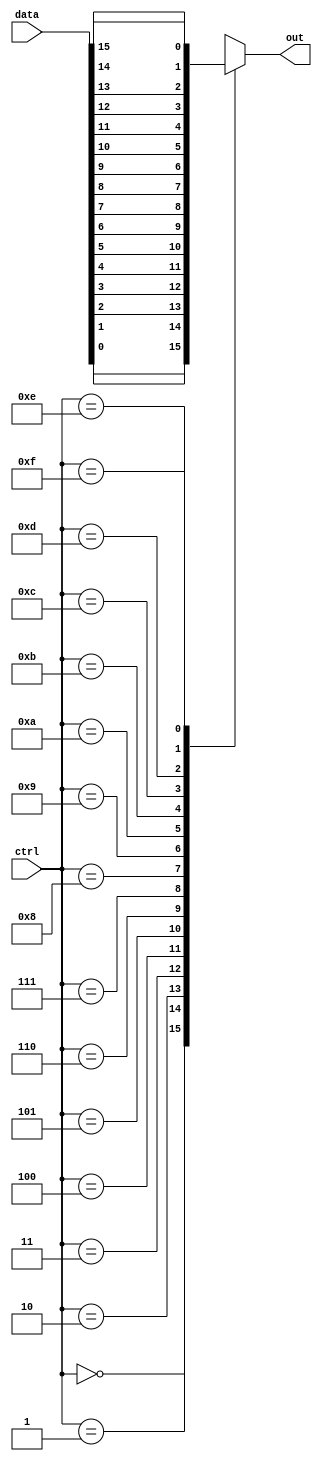
module mux_16to1 (
    input [15:0] data,
    input [3:0] ctrl,
    output reg out
);
  
always @(*)
begin
    case(ctrl)
        4'b0000: out = data[0];
        4'b0001: out = data[1];
        4'b0010: out = data[2];
        4'b0011: out = data[3];
        4'b0100: out = data[4];
        4'b0101: out = data[5];
        4'b0110: out = data[6];
        4'b0111: out = data[7];
        4'b1000: out = data[8];
        4'b1001: out = data[9];
        4'b1010: out = data[10];
        4'b1011: out = data[11];
        4'b1100: out = data[12];
        4'b1101: out = data[13];
        4'b1110: out = data[14];
        4'b1111: out = data[15];
        default: out = 1'b0;
    endcase
end
  
endmodule